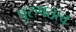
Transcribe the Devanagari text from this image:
पुरुषतत्व